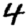
Digit: 4